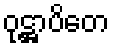
ဝုဋ္ဌာပိတေ